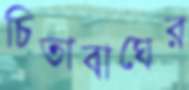
চিতাবাঘের